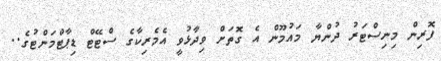
ފޮރިން މިނިސްޓަރު ދުންޔާ މައުމޫން އެ ގޮތަށް ވިދާޅުވީ އެމެރިކާގެ ސްޓޭޓް ޑިޕާޓްމަންޓުގެ..